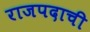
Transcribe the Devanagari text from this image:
राजपदाची